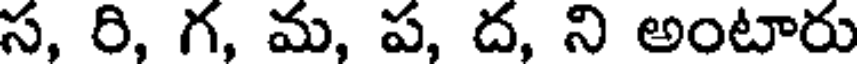
స, రి, గ, మ, ప, ద, ని అంటారు